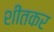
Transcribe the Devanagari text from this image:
शीतकर